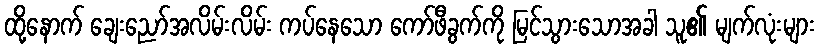
ထို့နောက် ချေးညော်အလိမ်းလိမ်း ကပ်နေသော ကော်ဖီခွက်ကို မြင်သွားသောအခါ သူ၏ မျက်လုံးများ